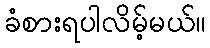
ခံစားရပါလိမ့်မယ်။